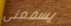
يسمعنى